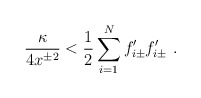
\begin{align*}{\kappa\over 4x^{\pm 2}}< {1\over 2}\sum_{i=1}^Nf'_{i\pm}f'_{i\pm}\ .\end{align*}